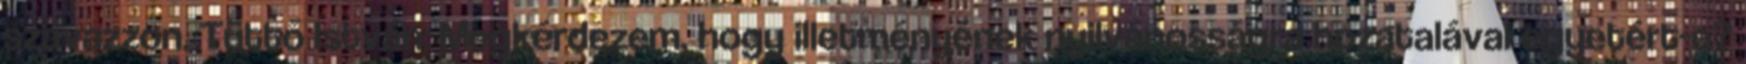
szavazzon. Tüttő István: Megkérdezem, hogy illetményének nyilvánosságra hozatalával egyetért-e?